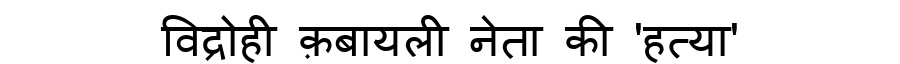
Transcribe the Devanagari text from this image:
विद्रोही क़बायली नेता की 'हत्या'